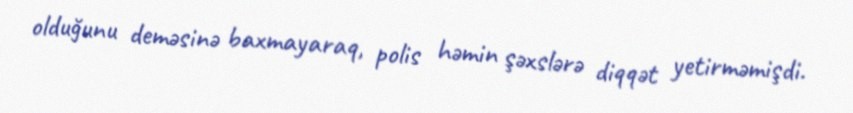
olduğunu deməsinə baxmayaraq, polis həmin şəxslərə diqqət yetirməmişdi.